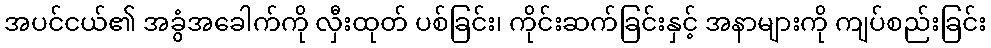
အပင်ငယ်၏ အခွံအခေါက်ကို လှီးထုတ် ပစ်ခြင်း၊ ကိုင်းဆက်ခြင်းနှင့် အနာများကို ကျပ်စည်းခြင်း